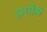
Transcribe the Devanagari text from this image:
अर्थोंमें